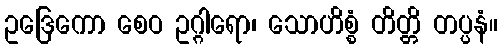
ဥဒြေကော စေဝ ဥဂ္ဂါရော၊ သောဟိစ္စံ တိတ္တိ တပ္ပနံ။